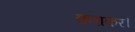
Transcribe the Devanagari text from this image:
कराकर।